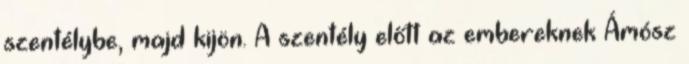
szentélybe, majd kijön. A szentély előtt az embereknek Ámósz